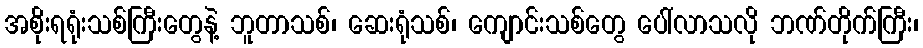
အစိုးရရုံးသစ်ကြီးတွေနဲ့ ဘူတာသစ်၊ ဆေးရုံသစ်၊ ကျောင်းသစ်တွေ ပေါ်လာသလို ဘဏ်တိုက်ကြီး၊